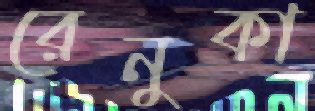
রেনুকা